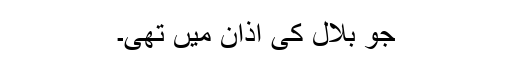
جو بلال کی اذان میں تھی۔